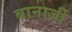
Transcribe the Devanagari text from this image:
बानार्जी